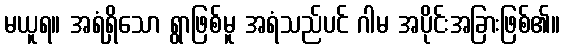
မယူရ။ အရံရှိသော ရွာဖြစ်မူ အရံသည်ပင် ဂါမ အပိုင်းအခြားဖြစ်၏။